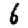
Digit: 6